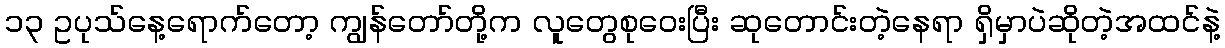
၁၃ ဥပုသ်နေ့ရောက်တော့ ကျွန်တော်တို့က လူတွေစုဝေးပြီး ဆုတောင်းတဲ့နေရာ ရှိမှာပဲဆိုတဲ့အထင်နဲ့